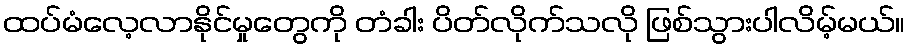
ထပ်မံလေ့လာနိုင်မှုတွေကို တံခါး ပိတ်လိုက်သလို ဖြစ်သွားပါလိမ့်မယ်။